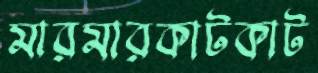
মারমারকাটকাট